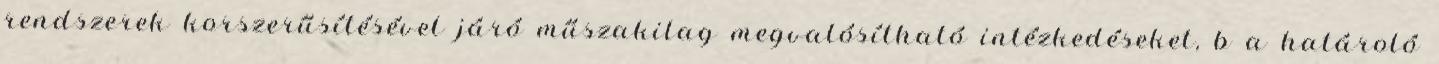
rendszerek korszerűsítésével járó műszakilag megvalósítható intézkedéseket, b a határoló